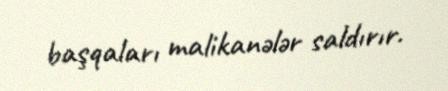
başqaları malikanələr saldırır.